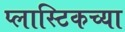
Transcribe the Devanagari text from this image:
प्लास्टिकच्या